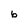
Character: b